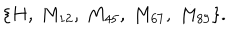
\{ H , ~ M _ { 1 2 } , ~ M _ { 4 5 } , ~ M _ { 6 7 } , ~ M _ { 8 9 } \} .